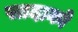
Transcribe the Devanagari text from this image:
सादाको